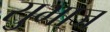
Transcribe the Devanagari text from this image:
सुभाज